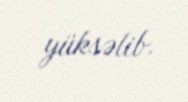
yüksəlib.